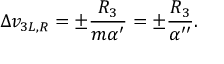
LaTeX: \Delta v _ { 3 L , R } = \pm \frac { R _ { 3 } } { m \alpha ^ { \prime } } = \pm \frac { R _ { 3 } } { \alpha ^ { \prime \prime } } .